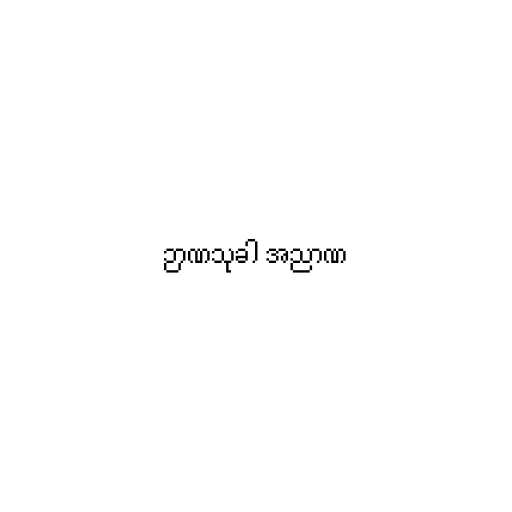
ဉာဏသုခါ အညာဏ